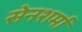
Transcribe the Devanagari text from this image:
सेनशर्मा